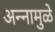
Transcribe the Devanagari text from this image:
अन्नामुळे